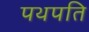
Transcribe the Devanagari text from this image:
पथपति